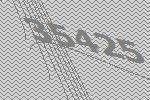
35425